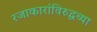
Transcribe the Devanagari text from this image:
रजाकारांविरुद्धच्या